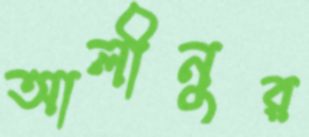
আলীনুর